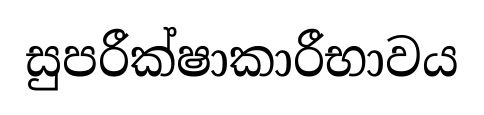
සුපරීක්ෂාකාරීභාවය